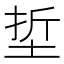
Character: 埑